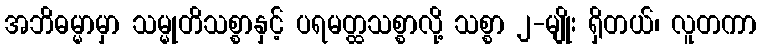
အဘိဓမ္မာမှာ သမ္မုတိသစ္စာနှင့် ပရမတ္ထသစ္စာလို့ သစ္စာ ၂-မျိုး ရှိတယ်၊ လူတကာ